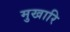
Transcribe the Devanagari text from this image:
मुखारि